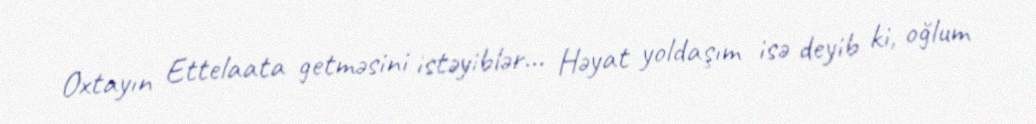
Oxtayın Ettelaata getməsini istəyiblər... Həyat yoldaşım isə deyib ki, oğlum